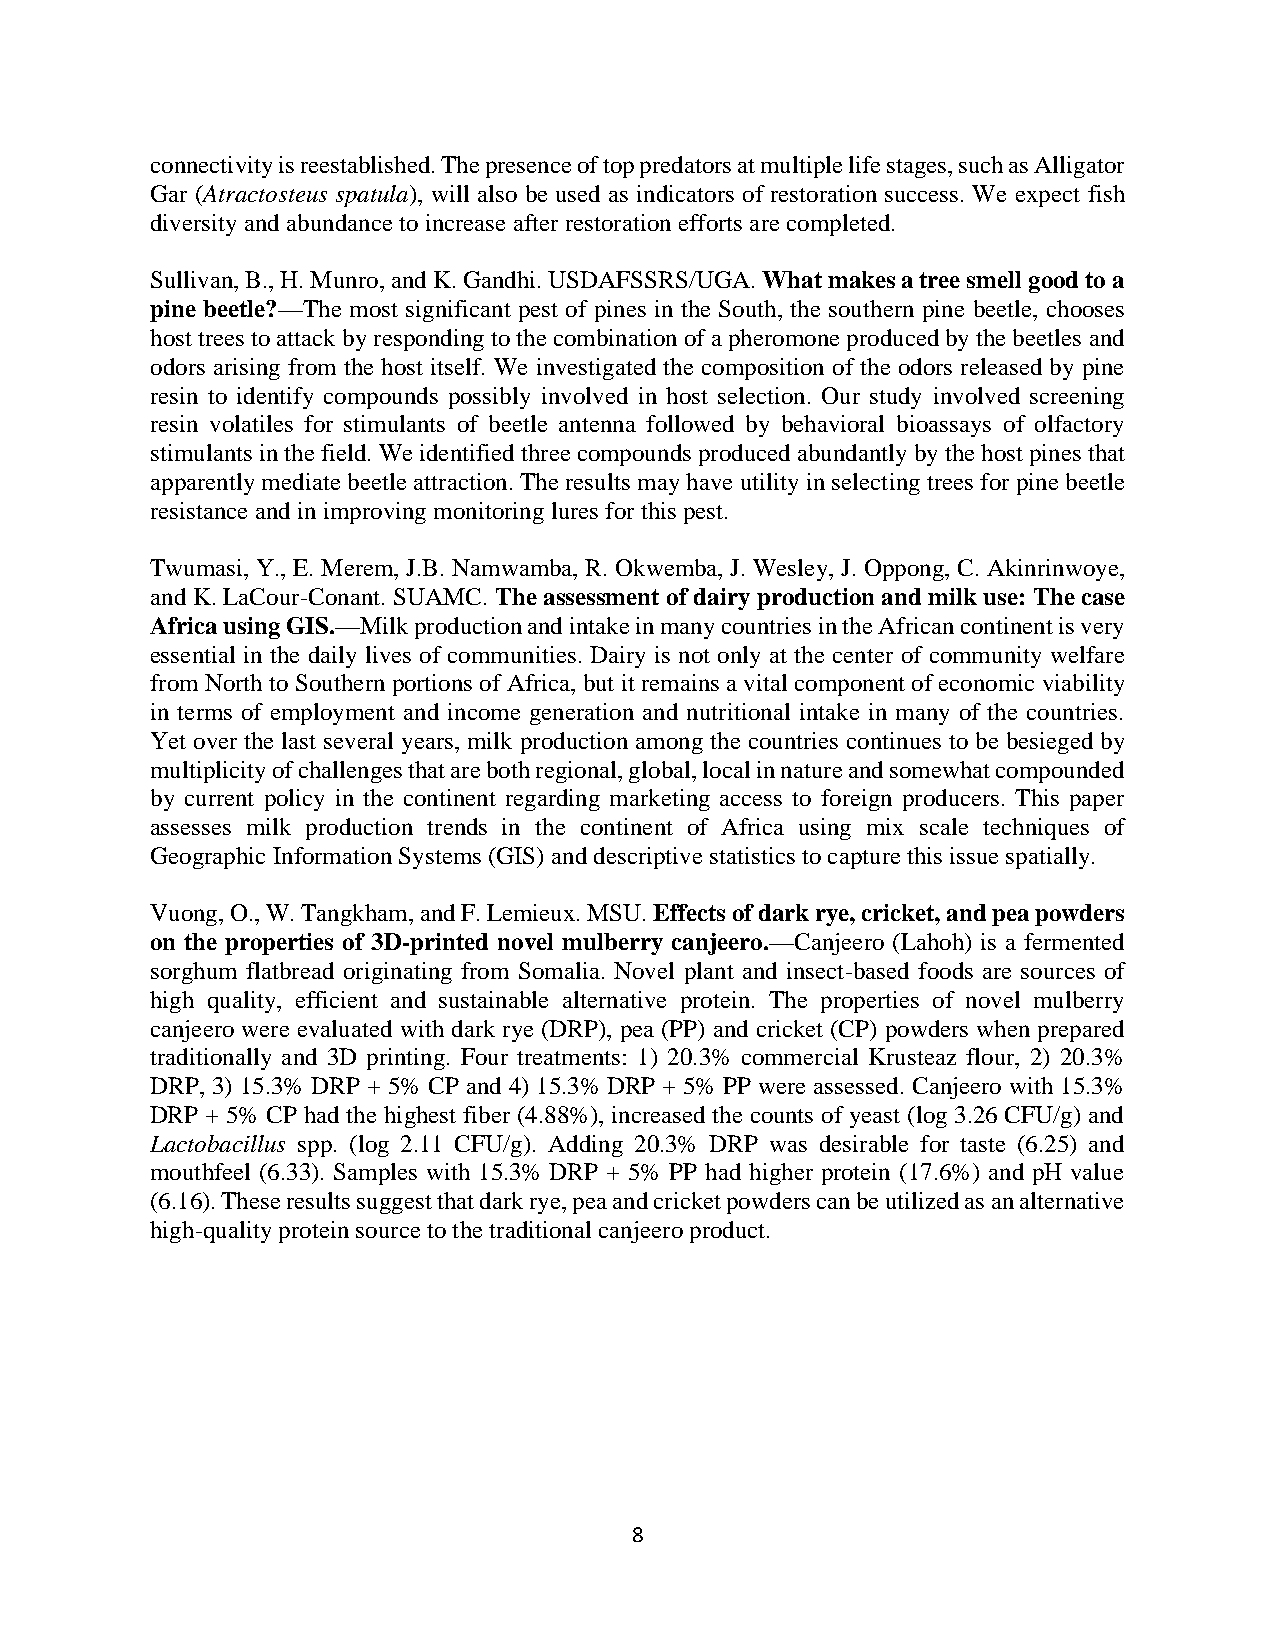
connectivity is reestablished. The presence of top predators at multiple life stages, such as Alligator
 Gar (Atractosteus spatula), will also be used as indicators of restoration success. We expect fish
 diversity and abundance to increase after restoration efforts are completed.
 Sullivan, B., H. Munro, and K. Gandhi. USDAFSSRS/UGA. What makes a tree smell good to a
 pine beetle?—The most significant pest of pines in the South, the southern pine beetle, chooses
 host trees to attack by responding to the combination of a pheromone produced by the beetles and
 odors arising from the host itself. We investigated the composition of the odors released by pine
 resin to identify compounds possibly involved in host selection. Our study involved screening
 resin volatiles for stimulants of beetle antenna followed by behavioral bioassays of olfactory
 stimulants in the field. We identified three compounds produced abundantly by the host pines that
 apparently mediate beetle attraction. The results may have utility in selecting trees for pine beetle
 resistance and in improving monitoring lures for this pest.
 Twumasi, Y., E. Merem, J.B. Namwamba, R. Okwemba, J. Wesley, J. Oppong, C. Akinrinwoye,
 and K. LaCour-Conant. SUAMC. The assessment of dairy production and milk use: The case
 Africa using GIS.—Milk production and intake in many countries in the African continent is very
 essential in the daily lives of communities. Dairy is not only at the center of community welfare
 from North to Southern portions of Africa, but it remains a vital component of economic viability
 in terms of employment and income generation and nutritional intake in many of the countries.
 Yet over the last several years, milk production among the countries continues to be besieged by
 multiplicity of challenges that are both regional, global, local in nature and somewhat compounded
 by current policy in the continent regarding marketing access to foreign producers. This paper
 assesses milk production trends in the continent of Africa using mix scale techniques of
 Geographic Information Systems (GIS) and descriptive statistics to capture this issue spatially.
 Vuong, O., W. Tangkham, and F. Lemieux. MSU. Effects of dark rye, cricket, and pea powders
 on the properties of 3D-printed novel mulberry canjeero.—Canjeero (Lahoh) is a fermented
 sorghum flatbread originating from Somalia. Novel plant and insect-based foods are sources of
 high quality, efficient and sustainable alternative protein. The properties of novel mulberry
 canjeero were evaluated with dark rye (DRP), pea (PP) and cricket (CP) powders when prepared
 traditionally and 3D printing. Four treatments: 1) 20.3% commercial Krusteaz flour, 2) 20.3%
 DRP, 3) 15.3% DRP + 5% CP and 4) 15.3% DRP + 5% PP were assessed. Canjeero with 15.3%
 DRP + 5% CP had the highest fiber (4.88%), increased the counts of yeast (log 3.26 CFU/g) and
 Lactobacillus spp. (log 2.11 CFU/g). Adding 20.3% DRP was desirable for taste (6.25) and
 mouthfeel (6.33). Samples with 15.3% DRP + 5% PP had higher protein (17.6%) and pH value
 (6.16). These results suggest that dark rye, pea and cricket powders can be utilized as an alternative
 high-quality protein source to the traditional canjeero product.
 8